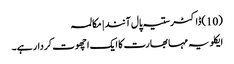
(10)ڈاکٹر ستیہ پال آنند | مکالمہ
ایکلویہ مہا بھارت کا ایک اچھوت کردار ہے۔